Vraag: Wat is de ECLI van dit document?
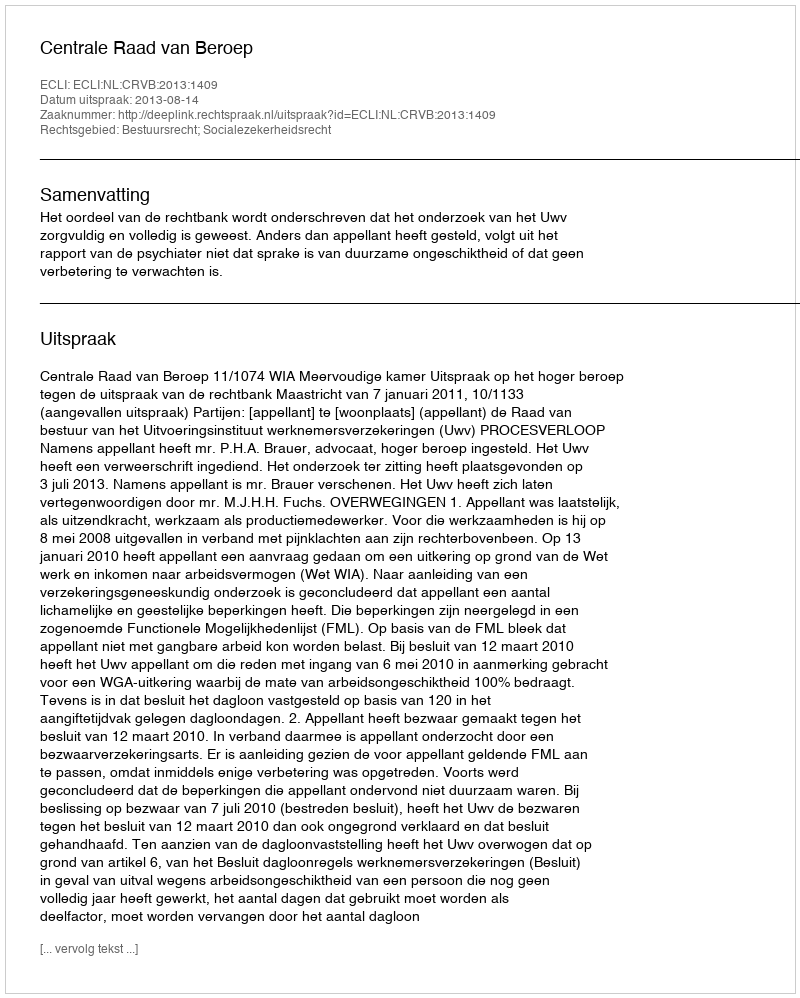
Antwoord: ECLI:NL:CRVB:2013:1409